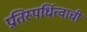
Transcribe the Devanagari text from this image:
प्रतिस्पर्धित्वाची